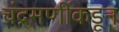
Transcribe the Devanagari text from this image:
चंद्रमणींकडून